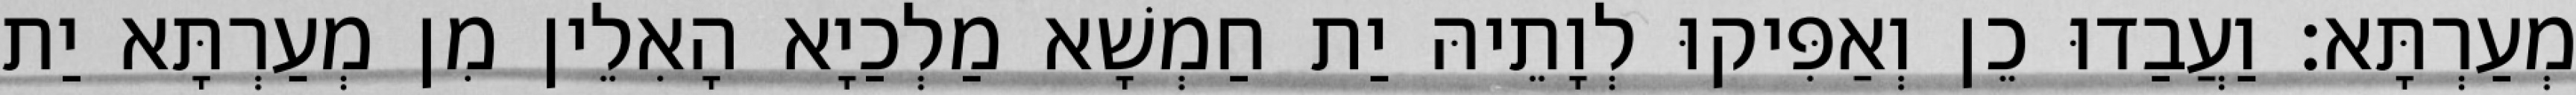
מְעַרְתָּא׃ וַעֲבַדוּ כֵן וְאַפִּיקוּ לְוָתֵיהּ יַת חַמְשָׁא מַלְכַיָא הָאִלֵין מִן מְעַרְתָּא יַת